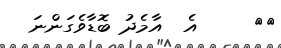
٦٧     އެ  އާމެދު ބޮޑާވެގަންނަ